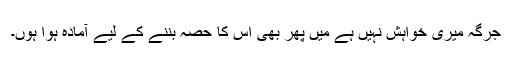
جرگہ میری خواہش نہیں ہے میں پھر بھی اس کا حصہ بننے کے لیے آمادہ ہوا ہوں۔